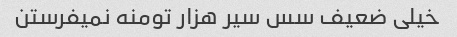
خیلی ضعیف سس سیر هزار تومنه نمیفرستن